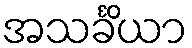
အသင်္ခိယာ